Insane asylums in Bengal annual reports 1867-1875 - 1867-1875
Year: 1867
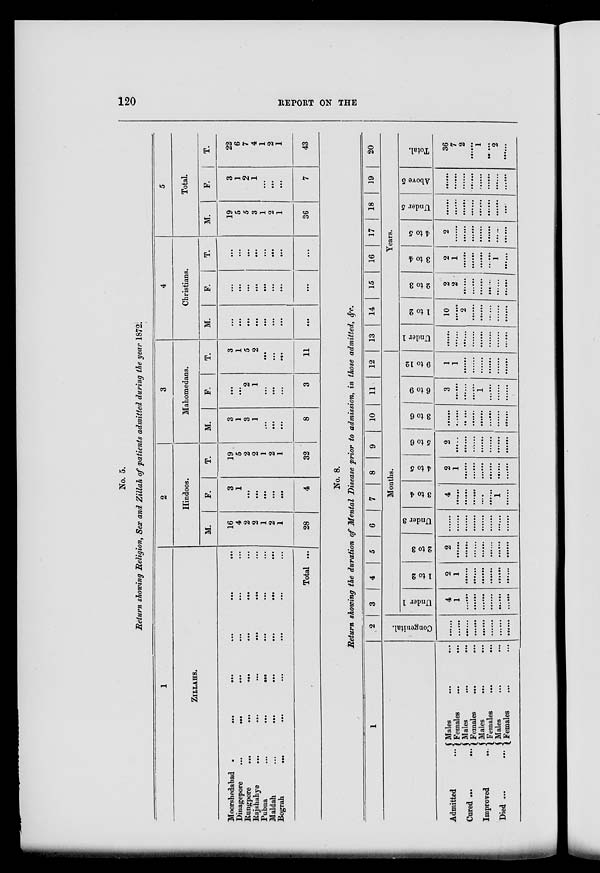
120
REPORT ON THE
No. 5.
Return showing Religion, Sex and Zillah of patients admitted during the year 1872.
1
ZILLAHS.
Moorshedabad ... ... ... ... ... ...
Dinagepore
...
...
...
...
...
...
Rungpore
...
...
...
...
...
...
Rajshahye
...
...
...
...
...
...
Pubna
...
...
...
...
...
...
Maldah
...
...
...
...
...
...
Bograh
...
...
...
...
...
...
Total ...
2
Hindoos.
M.
16
4
2
2
1
2
1
28
F.
3
1
...
...
...
...
...
4
T.
19
5
2
2
1
2
1
32
3
Mahomedans.
M.
3
1
3
1
...
...
...
8
F.
...
...
2
1
...
...
...
3
T.
3
1
5
2
...
...
...
11
4
Christians.
M.
...
...
...
...
...
...
...
...
F.
...
...
...
...
...
...
...
...
T.
...
...
...
...
...
...
...
...
5
Total.
M.
19
5
5
3
1
2
1
36
F.
3
1
2
1
...
...
...
7
T.
22
6
7
4
1
2
1
43
No. 8.
Return showing the duration of Mental Disease prior to admission, in those admitted, &c.
1
Admitted ...
Cured ...
...
Improved
...
Died ...
...
Males
...
...
Females
...
...
Males
...
...
Females
...
...
Males ... ...
Females
...
...
Males ... ...
Females ... ...
2
Congenital.
......
......
......
......
......
......
......
3
4
5
6
7
8
9
10
11
12
Months.
Under 1
4
1
......
......
......
......
......
... ...
1to2
2
1
......
......
......
......
......
2 to 3
2
.......
.......
.......
.......
.......
.......
.......
Under 3
.......
.......
.......
.......
.......
.......
.......
.......
3 to 4
4
.......
.......
.......
.......
.......
1
.......
4 to 5
2
1
.......
.......
.......
.......
.......
.......
5 to 6
2
.......
.......
.......
.......
.......
.......
.......
3 to 6
.......
.......
.......
.......
.......
.......
6 to 9
3
.......
.......
.......
1
.......
.......
9 to 12
1
1
.......
.......
.......
.......
.......
.......
13
14
15
16
17
18
19
20
Years.
Under 1
.......
.......
.......
.......
.......
.......
.......
.......
1 to 2
10
.......
2
.......
.......
.......
.......
.......
2 to 3
2
2
.......
.......
.......
.......
.......
.......
3 to 4
2
1
.......
.......
.......
.......
1
4 to 5
2
.......
.......
.......
.......
.......
.......
.......
Under 5
.......
.......
.......
.......
.......
.......
.......
.......
Above 5
.......
.......
.......
.......
.......
.......
.......
.......
Total.
36
7
2
.......
1
.....
2
.......